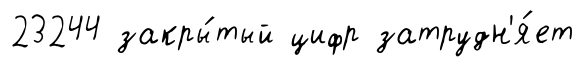
23244 закры́тый цифр затрудн'я́ет